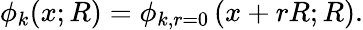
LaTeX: \phi_{k}(x;R)=\phi_{k,r=0}\, (x+rR;R).